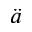
\ddot { a }